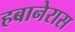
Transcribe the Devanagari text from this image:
हबानेरास